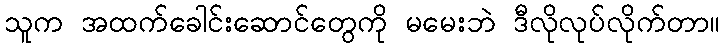
သူက အထက်ခေါင်းဆောင်တွေကို မမေးဘဲ ဒီလိုလုပ်လိုက်တာ။